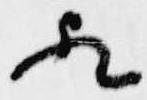
歟